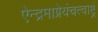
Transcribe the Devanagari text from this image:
ऐन्द्रमाग्नेयंचत्वाष्ट्रं